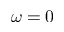
\omega = 0